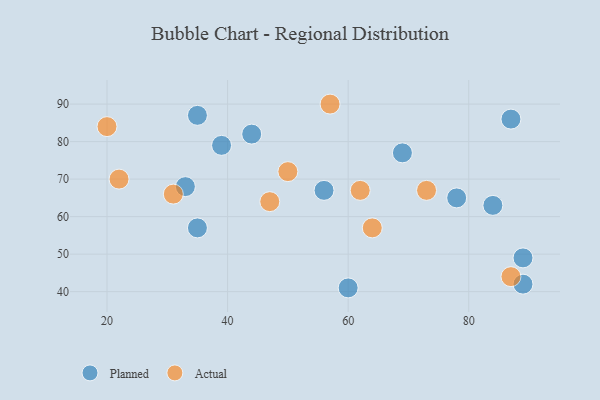
{"axis": {"x": "GDP", "y": "Life Expectancy"}, "legend": ["Actual", "Planned"], "data": [{"x": "39", "y": 79, "type": "Planned"}, {"x": "78", "y": 65, "type": "Planned"}, {"x": "56", "y": 67, "type": "Planned"}, {"x": "87", "y": 86, "type": "Planned"}, {"x": "35", "y": 87, "type": "Planned"}, {"x": "44", "y": 82, "type": "Planned"}, {"x": "89", "y": 49, "type": "Planned"}, {"x": "60", "y": 41, "type": "Planned"}, {"x": "89", "y": 42, "type": "Planned"}, {"x": "84", "y": 63, "type": "Planned"}, {"x": "69", "y": 77, "type": "Planned"}, {"x": "35", "y": 57, "type": "Planned"}, {"x": "33", "y": 68, "type": "Planned"}, {"x": "87", "y": 44, "type": "Actual"}, {"x": "73", "y": 67, "type": "Actual"}, {"x": "20", "y": 84, "type": "Actual"}, {"x": "47", "y": 64, "type": "Actual"}, {"x": "64", "y": 57, "type": "Actual"}, {"x": "22", "y": 70, "type": "Actual"}, {"x": "50", "y": 72, "type": "Actual"}, {"x": "62", "y": 67, "type": "Actual"}, {"x": "57", "y": 90, "type": "Actual"}, {"x": "31", "y": 66, "type": "Actual"}]}